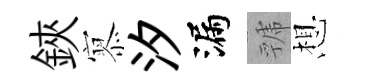
鋏𡪹汐漏虢想